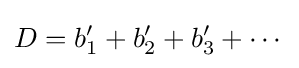
D=b_{1}'+b_{2}'+b_{3}'+\cdots